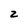
Character: 2